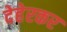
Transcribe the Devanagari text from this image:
देहेरकर